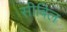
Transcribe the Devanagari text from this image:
सीबिल